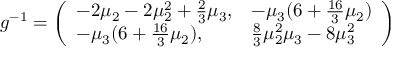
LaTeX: g ^ { - 1 } = \left( \begin{array} { l l } { { - 2 \mu _ { 2 } - 2 \mu _ { 2 } ^ { 2 } + \frac 2 3 \mu _ { 3 } , } } & { { - \mu _ { 3 } ( 6 + \frac { 1 6 } { 3 } \mu _ { 2 } ) } } \\ { { - \mu _ { 3 } ( 6 + \frac { 1 6 } { 3 } \mu _ { 2 } ) , } } & { { \frac 8 3 \mu _ { 2 } ^ { 2 } \mu _ { 3 } - 8 \mu _ { 3 } ^ { 2 } } } \end{array} \right)